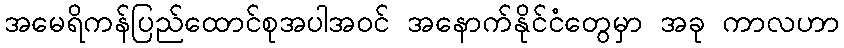
အမေရိကန်ပြည်ထောင်စုအပါအဝင် အနောက်နိုင်ငံတွေမှာ အခု ကာလဟာ